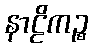
နာဠိကဉ္စ